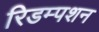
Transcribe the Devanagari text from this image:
रिडम्‍पशन